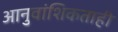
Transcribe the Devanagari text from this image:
आनुवांशिकताही